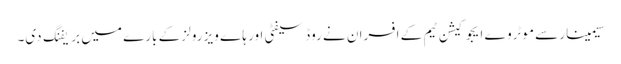
سیمینار سے موٹروے ایجوکیشن ٹیم کے افسران نے روڈ سیفٹی اور ہا ے ویز رولز کے بارے میں بریفنگ دی۔